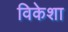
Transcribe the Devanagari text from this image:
विकेशा